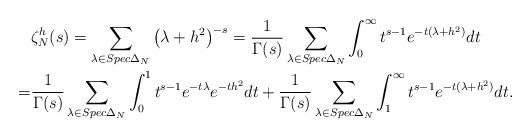
LaTeX: \begin{align*}&\zeta^h_N(s)=\sum_{\lambda\in Spec\Delta_N}\left(\lambda+h^2\right)^{-s}=\frac{1}{\Gamma(s)}\sum_{\lambda\in Spec\Delta_N}\int_0^\infty t^{s-1}e^{-t(\lambda+h^2)}dt\\=&\frac{1}{\Gamma(s)}\sum_{\lambda\in Spec\Delta_N}\int_0^1 t^{s-1}e^{-t\lambda}e^{-th^2}dt+\frac{1}{\Gamma(s)}\sum_{\lambda\in Spec\Delta_N}\int_1^\infty t^{s-1}e^{-t(\lambda+h^2)}dt.\end{align*}